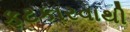
ફટકારવાથી